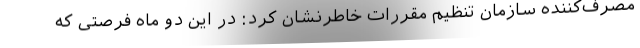
مصرف‌کننده سازمان تنظیم مقررات خاطرنشان کرد: در این دو ماه فرصتی که